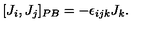
[ J _ { i } , J _ { j } ] _ { P B } = - \epsilon _ { i j k } J _ { k } .